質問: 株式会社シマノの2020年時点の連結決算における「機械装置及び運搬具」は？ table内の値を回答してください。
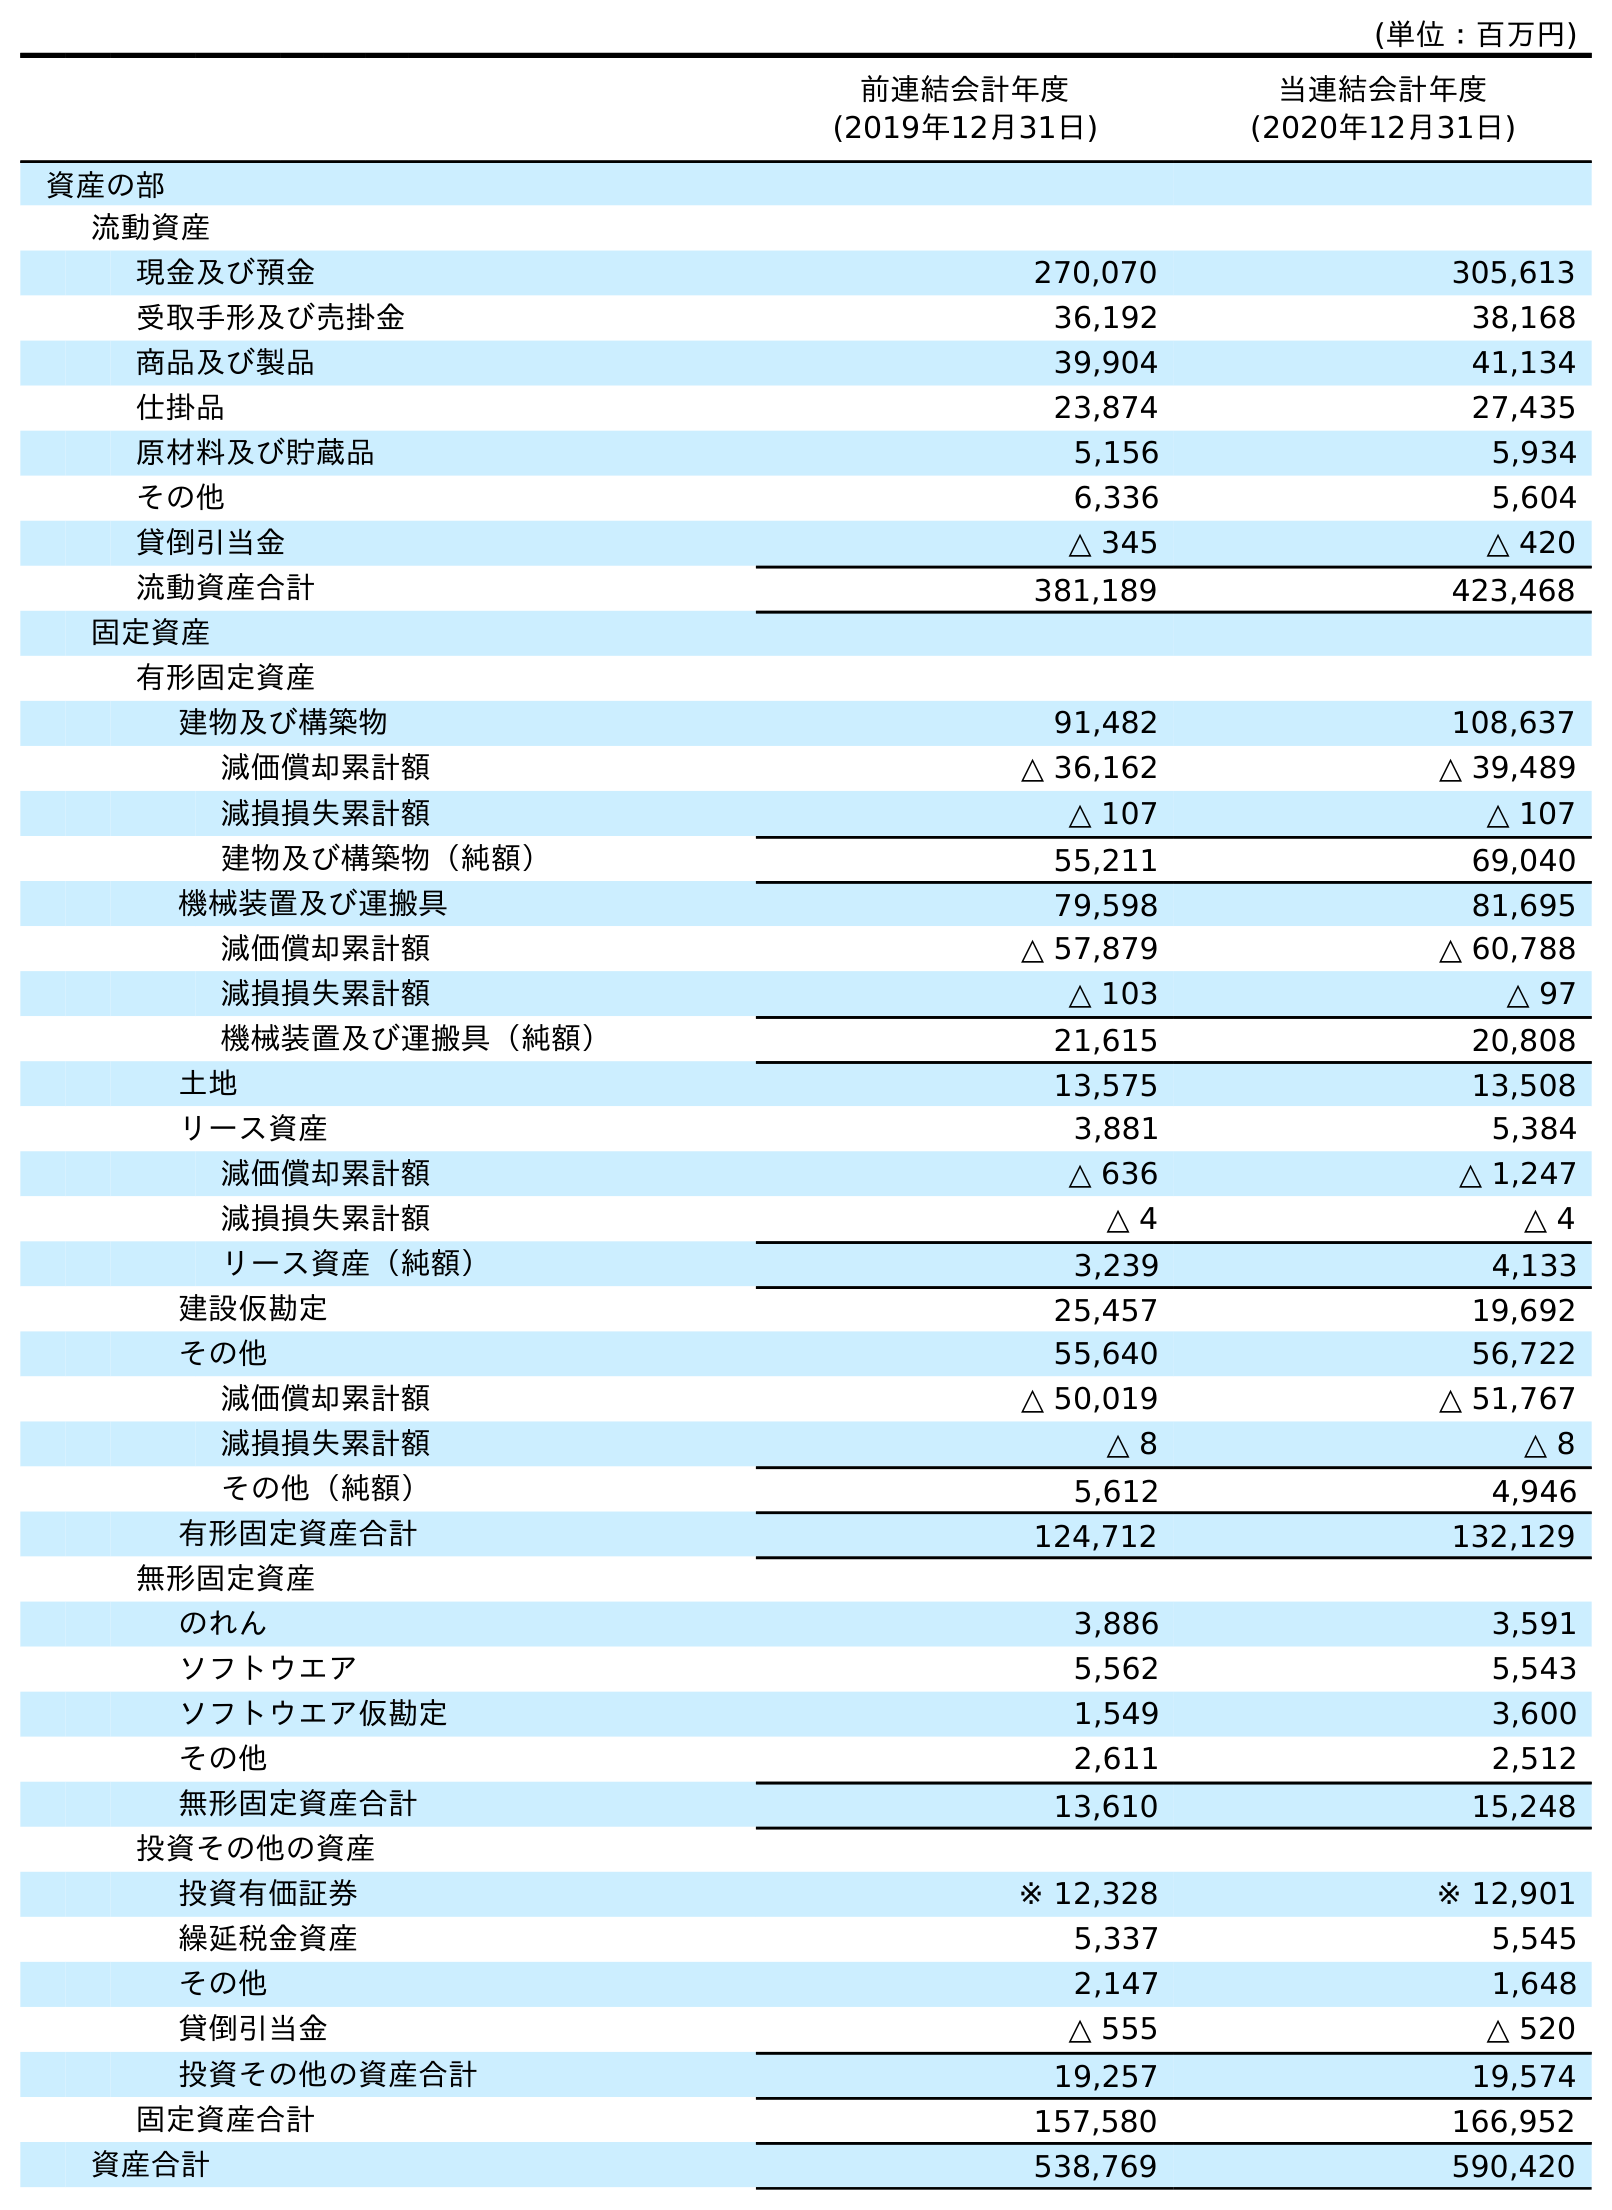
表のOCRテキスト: (単位：百万円) 前連結会計年度 (2019年12月31日) 当連結会計年度 (2020年12月31日) 資産の部 流動資産 現金及び預金 270,070 305,613 受取手形及び売掛金 36,192 38,168 商品及び製品 39,904 41,134 仕掛品 23,874 27,435 原材料及び貯蔵品 5,156 5,934 その他 6,336 5,604 貸倒引当金 △ 345 △ 420 流動資産合計 381,189 423,468 固定資産 有形固定資産 建物及び構築物 91,482 108,637 減価償却累計額 △ 36,162 △ 39,489 減損損失累計額 △ 107 △ 107 建物及び構築物（純額） 55,211 69,040 機械装置及び運搬具 79,598 81,695 減価償却累計額 △ 57,879 △ 60,788 減損損失累計額 △ 103 △ 97 機械装置及び運搬具（純額） 21,615 20,808 土地 13,575 13,508 リース資産 3,881 5,384 減価償却累計額 △ 636 △ 1,247 減損損失累計額 △ 4 △ 4 リース資産（純額） 3,239 4,133 建設仮勘定 25,457 19,692 その他 55,640 56,722 減価償却累計額 △ 50,019 △ 51,767 減損損失累計額 △ 8 △ 8 その他（純額） 5,612 4,946 有形固定資産合計 124,712 132,129 無形固定資産 のれん 3,886 3,591 ソフトウエア 5,562 5,543 ソフトウエア仮勘定 1,549 3,600 その他 2,611 2,512 無形固定資産合計 13,610 15,248 投資その他の資産 投資有価証券 ※ 12,328 ※ 12,901 繰延税金資産 5,337 5,545 その他 2,147 1,648 貸倒引当金 △ 555 △ 520 投資その他の資産合計 19,257 19,574 固定資産合計 157,580 166,952 資産合計 538,769 590,420
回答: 81,695